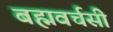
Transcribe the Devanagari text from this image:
बह्मवर्चसी